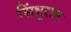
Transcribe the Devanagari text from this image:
सिंधूराज